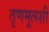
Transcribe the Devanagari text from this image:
तृणमूलशी